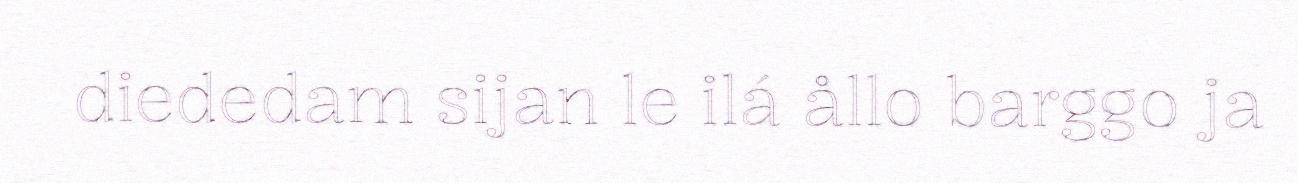
diededam sijan le ilá ållo barggo ja